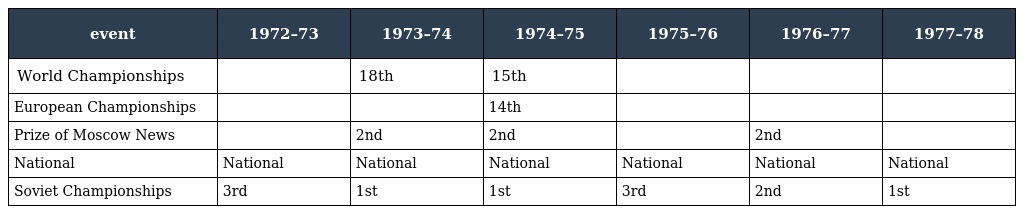
| event | 1972–73 | 1973–74 | 1974–75 | 1975–76 | 1976–77 | 1977–78 |
 | --- | --- | --- | --- | --- | --- | --- |
 | World Championships |  | 18th | 15th |  |  |  |
 | European Championships |  |  | 14th |  |  |  |
 | Prize of Moscow News |  | 2nd | 2nd |  | 2nd |  |
 | National | National | National | National | National | National | National |
 | Soviet Championships | 3rd | 1st | 1st | 3rd | 2nd | 1st |